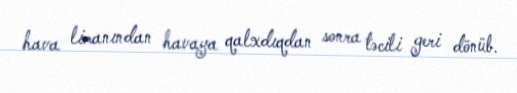
hava limanından havaya qalxdıqdan sonra təcili geri dönüb.